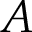
A